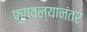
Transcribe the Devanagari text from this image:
फुगवल्यानंतर